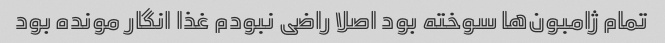
تمام ژامبون‌ها سوخته بود اصلا راضی نبودم غذا انگار مونده بود